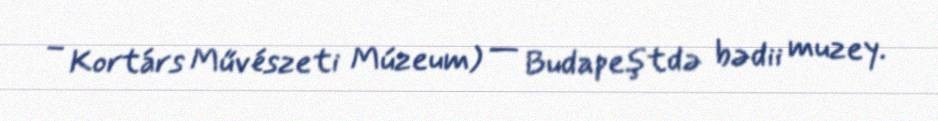
– Kortárs Művészeti Múzeum) — Budapeştdə bədii muzey.